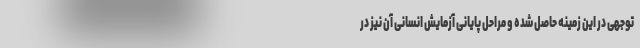
توجهی در این زمینه حاصل شده و مراحل پایانی آزمایش انسانی آن نیز در